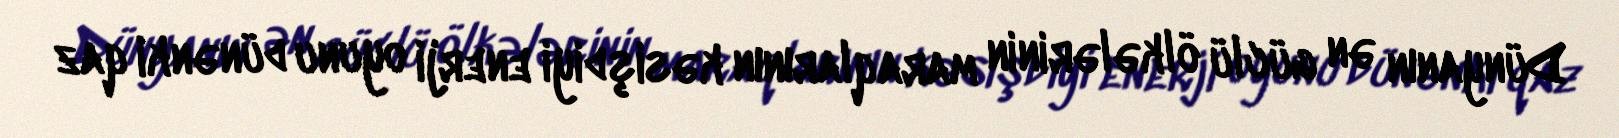
Dünyanın ən güclü ölkələrinin maraqlarının kəsişdiyi enerji oyunu dünənki qaz